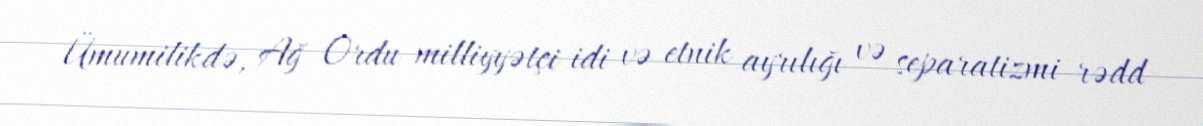
Ümumilikdə, Ağ Ordu milliyyətçi idi və etnik ayrılığı və separatizmi rədd